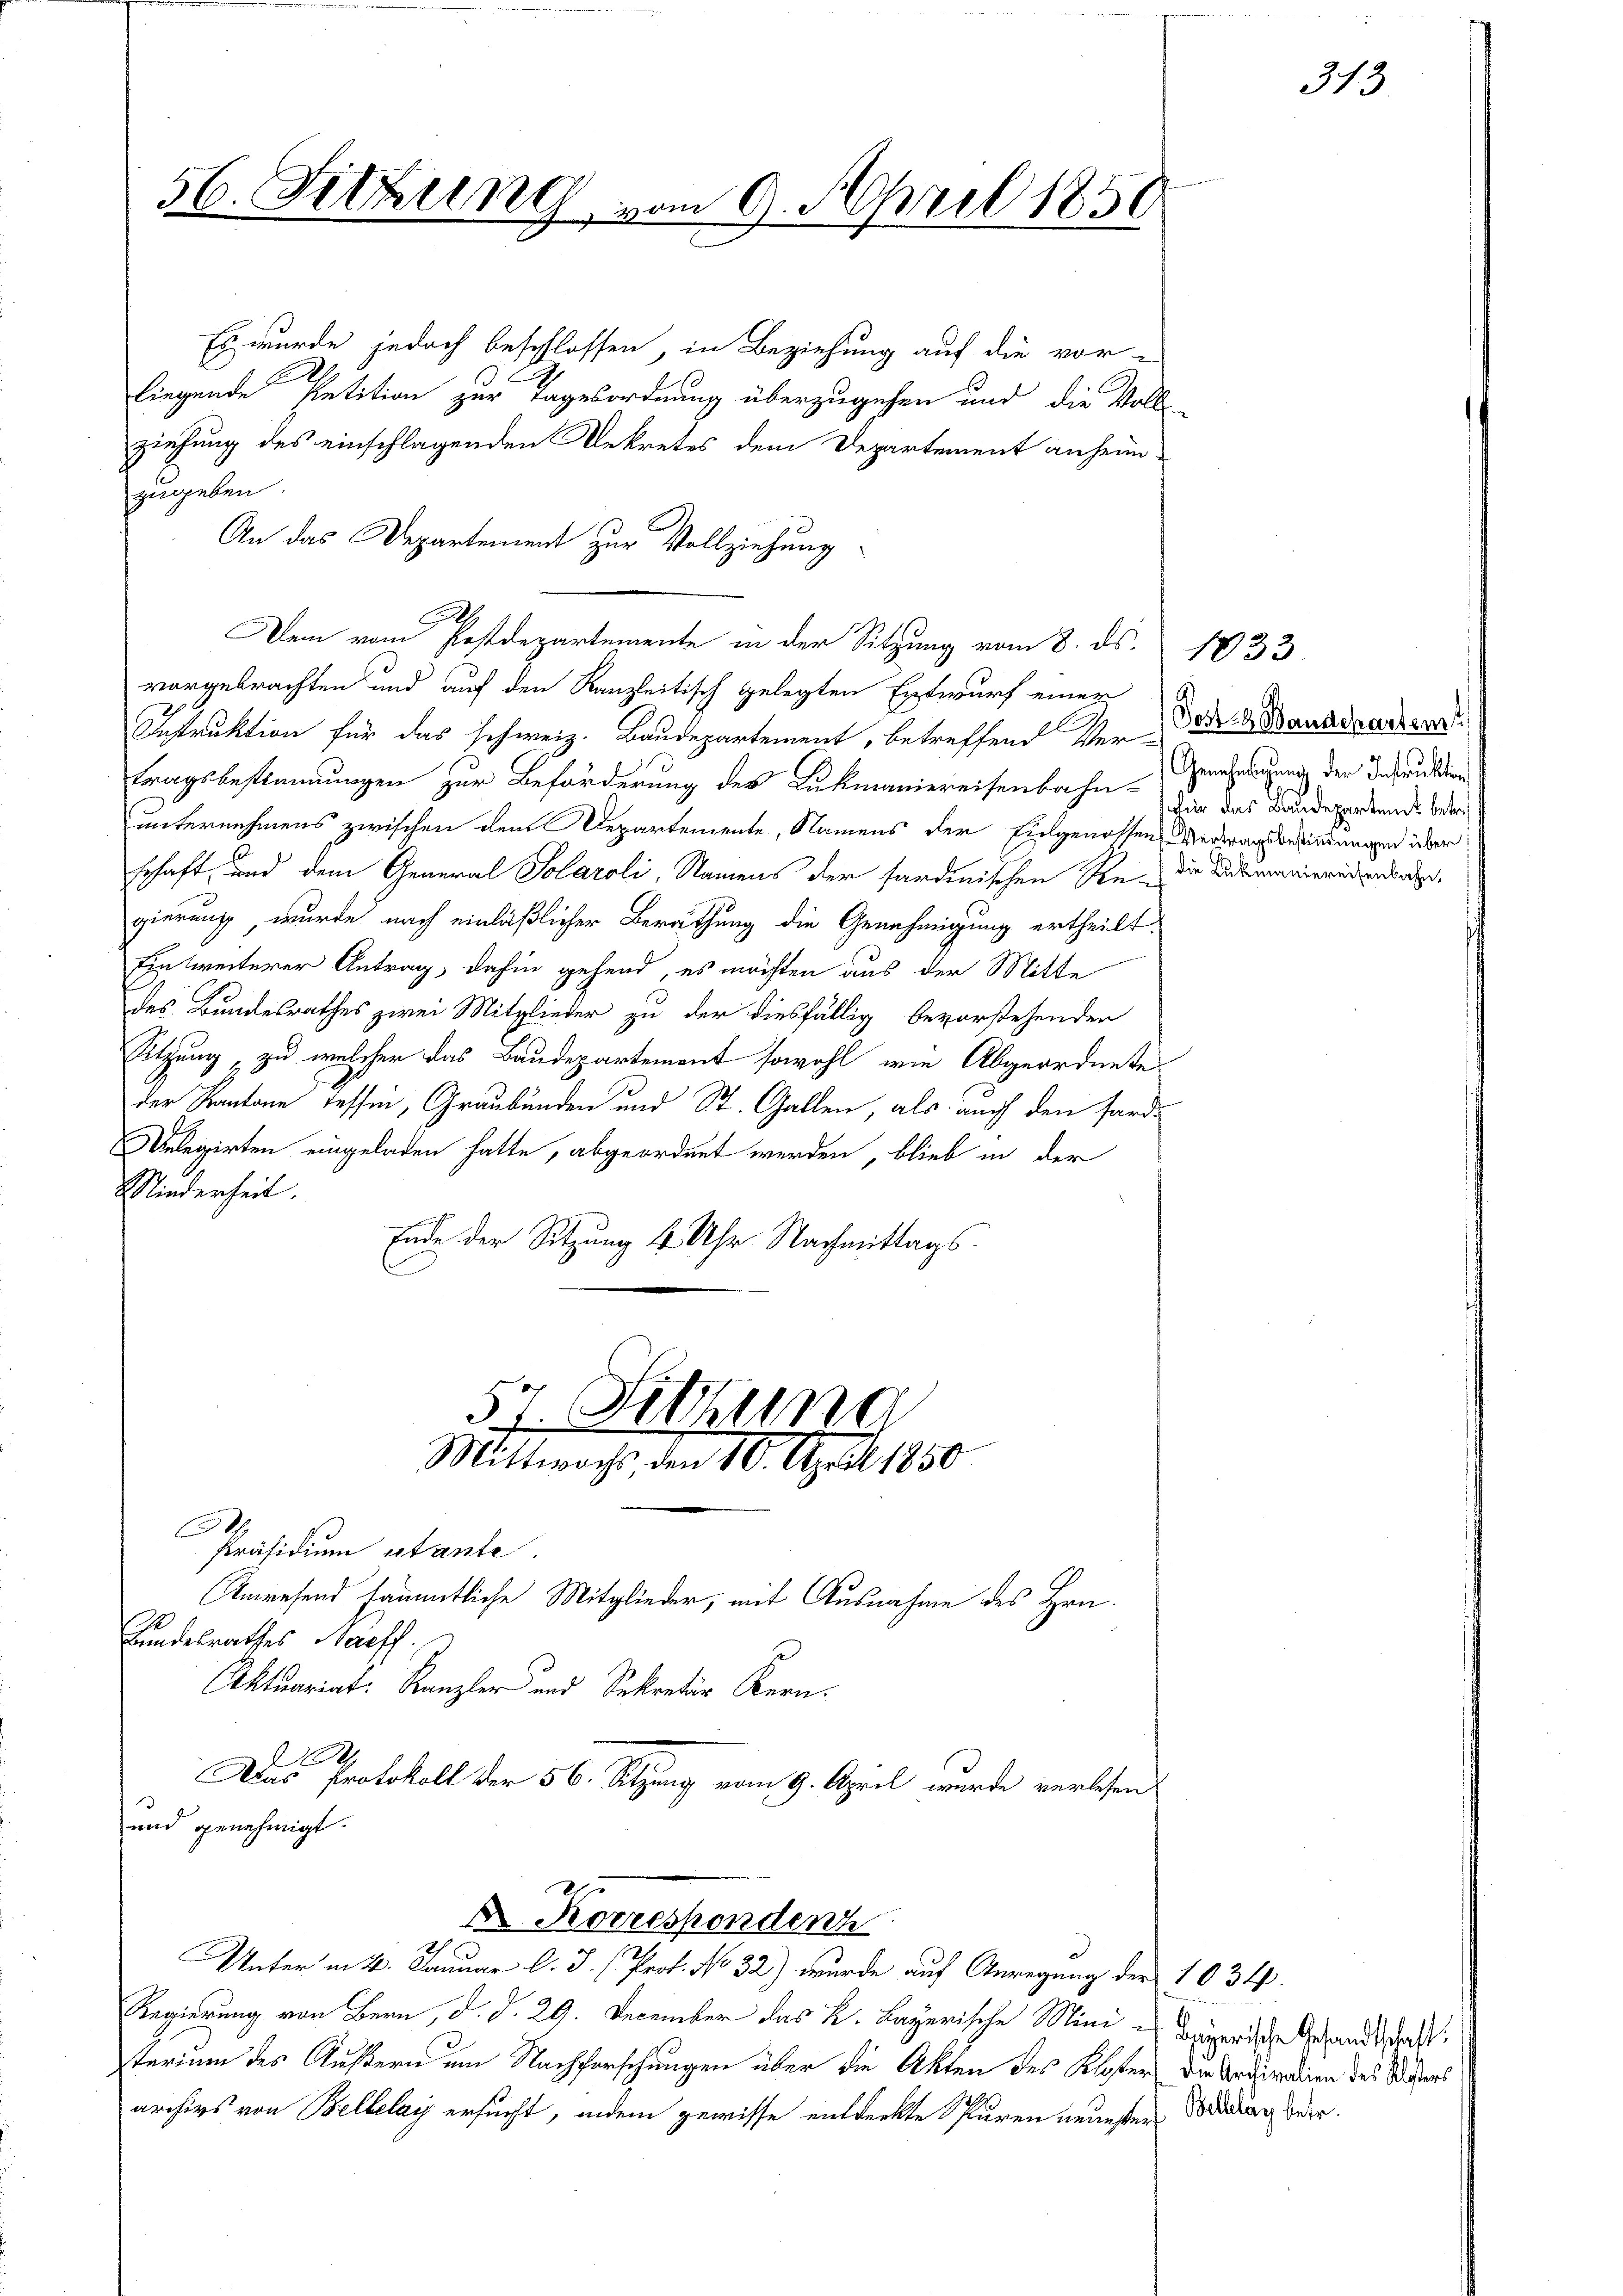
56. Sitzung vom 9. April 1850

Es wurde jedoch beschlossen, in Beziehung auf die vor-
liegende Petition zur Tagesordnung überzugehen und die Voll-
ziehung des einschlagenden Dekretes dem Departement anheimzugeben.
An das Departement zur Vollziehung
vorgebrachten und auf den Kanzleitisch gelegten Entwurf einer
Instruktion für das schweiz. Baudepartement, betreffend Ver-
tragsbestammungen zur Beförderung des Lukmaniereisenbahn Dir das Baudepartende Weiunternehmens zwischen dem Departemente, Namens der Eingenossen Vertrags befindungen über:
schaft, und dem General Solaroli, Namens der sardinischen Re- die Dickmanierendendenden,
gierung wurde nach einläßlicher Berathung die Genehmigung ertheilt.
Einweiterer Antrag, dahin gehend, es möchten aus der Mitte
des Bundesrathes zwei Mitglieder zu der diesfällig bevorstehenden
Sitzung zu welcher das Baudepartement sowohl wie Abgeordnete
der Kantone dessen, Graubünden und St. Gallen, als auch den fard¬
Anlegirten eingeladen hatte, abgeordnet werden, blieb in der
Minderheit.
Ende der Sitzung 4 Uhr Nachmittags.
C
57. Sitzung
Mittwochs, den 10. April 1850
Präsidium stante.
Anwesend sämmtliche Mitglieder, mit Ausnahme des Hrn.
kundesrathes Staff.
Aktuariat Kanzler und Sekretär Kern¬
2
Das Protokoll der 56. Sitzung vom 9. April wurde verlesen
und genehmigt.
 Korrespondenh
Unter in 4. Januar l. J. (Prot. No 32) wurde auf Anregung der 1034.
Regierung von Bern, d. d. 29. December das L. Bayerische Mini- Bayerische Gesandt, daß
sterium des Kustern um Nachforschungen über die Akten des Klosters die Anderndien des Wissers
archivs von Bellelay ersucht, indem gewisse entdeckte Spuren neuesten Bildtag der

Dem vom Postdepartemente in der Sitzung vom 8. ds.

1833.
Post - Baudepartem
Genehmigung der Instruktion

313.